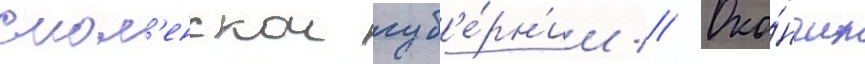
смол'енскои губ'е́рн'ии // Око́нчил